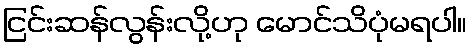
ငြင်းဆန်လွန်းလို့ဟု မောင်သိပုံမရပါ။